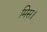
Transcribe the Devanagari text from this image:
मिस।